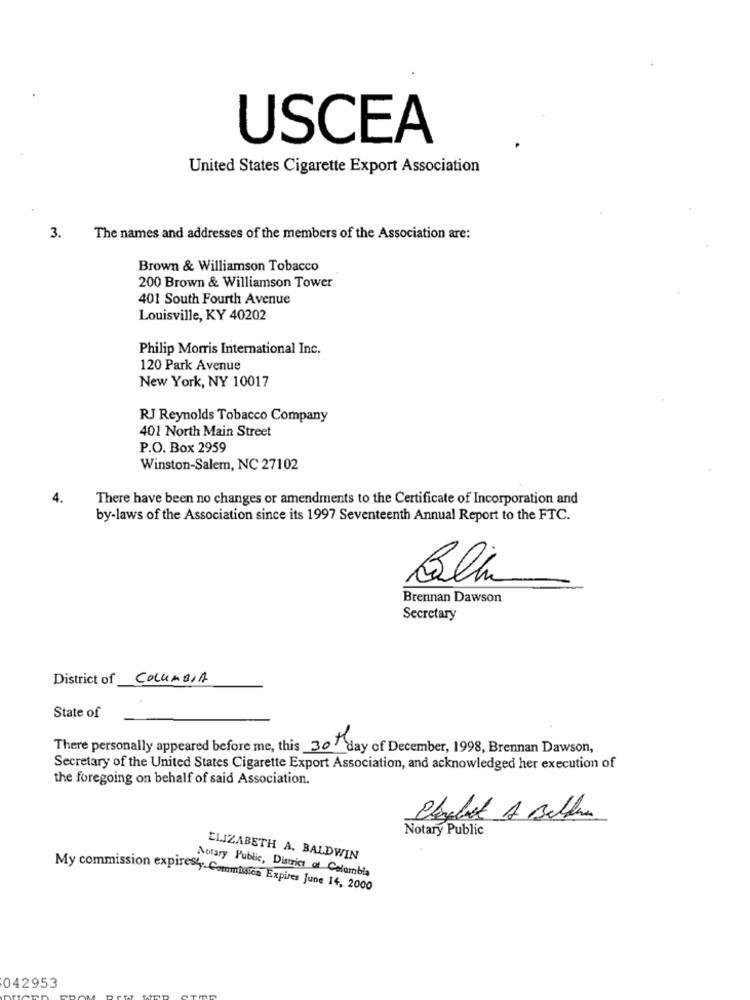
USCEA
United States Cigarette Export Association
3.
The names and addresses of the members of the Association are:
Brown & Williamson Tobacco
200 Brown & Williamson Tower
401 South Fourth Avenue
Louisville, KY 40202
Philip Morris International Inc.
120 Park Avenue
New York, NY 10017
RJ Reynolds Tobacco Company
401 North Main Street
P.O. Box 2959
Winston-Salem, NC 27102
4.
There have been no changes or amendments to the Certificate of Incorporation and
by-laws of the Association since its 1997 Seventeenth Annual Report to the FTC.
Colh
Brennan Dawson
Secretary
District of COLUMBIA
State of
There personally appeared before me, this 30 day of December, 1998, Brennan Dawson,
Secretary of the United States Cigarette Export Association, and acknowledged her execution of
the foregoing on behalf of said Association.
Notary Public
ELIZABETH A. BALDWIN
Notary Public, District of Columbia
My commission expiresly- Commision Expires June 14, 2000
042953